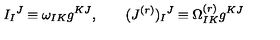
I _ { I } { } ^ { J } \equiv \omega _ { I K } g ^ { K J } , \qquad ( J ^ { ( r ) } ) _ { I } { } ^ { J } \equiv \Omega _ { I K } ^ { ( r ) } g ^ { K J }